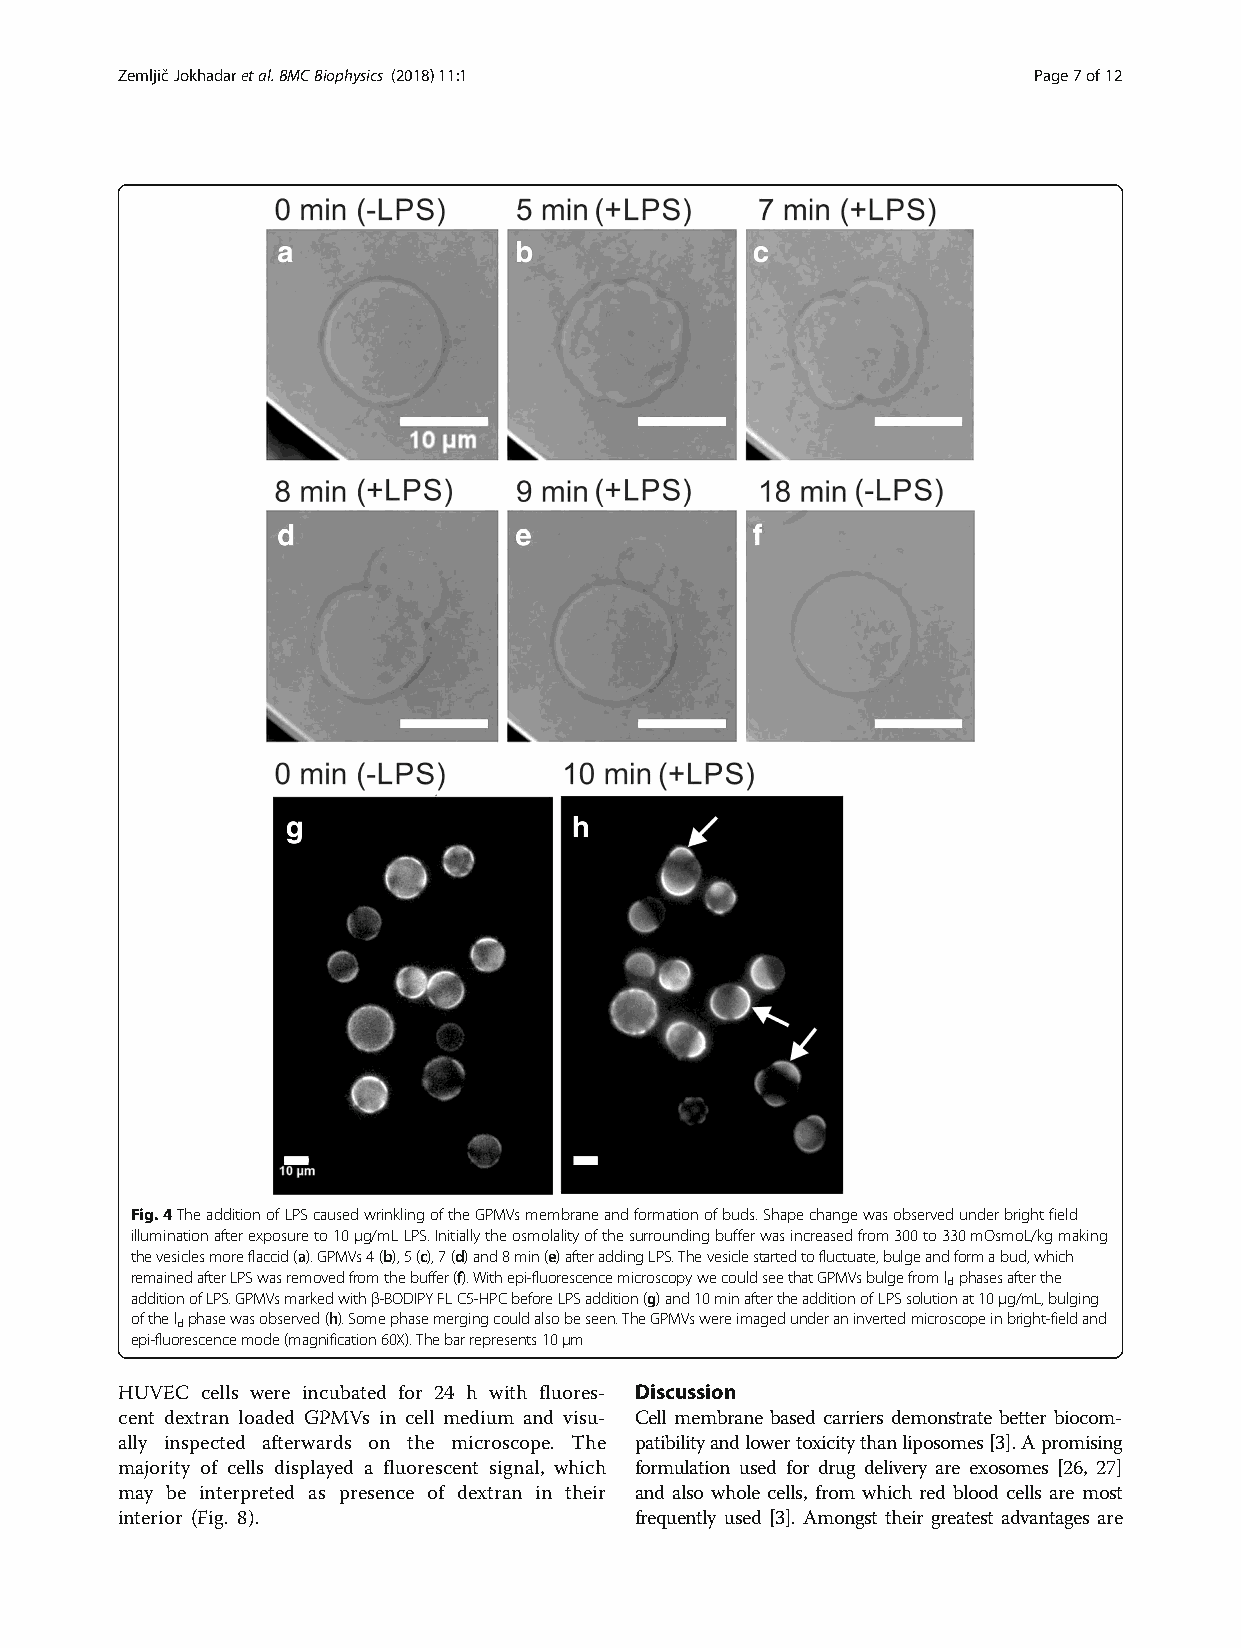
ZemljičJokhadaretal.BMCBiophysics (2018) 11:1               Page7of12
 Fig.4TheadditionofLPScausedwrinklingoftheGPMVsmembraneandformationofbuds.Shapechangewasobservedunderbrightfield
 illuminationafterexposureto10μg/mLLPS.Initiallytheosmolalityofthesurroundingbufferwasincreasedfrom300to330mOsmoL/kgmaking
 thevesiclesmoreflaccid(a).GPMVs4(b),5(c),7(d)and8min(e)afteraddingLPS.Thevesiclestartedtofluctuate,bulgeandformabud,which
 remainedafterLPSwasremovedfromthebuffer(f).Withepi-fluorescencemicroscopywecouldseethatGPMVsbulgefroml phasesafterthe
 d
 additionofLPS.GPMVsmarkedwithβ-BODIPYFLC5-HPCbeforeLPSaddition(g)and10minaftertheadditionofLPSsolutionat10μg/mL,bulging
 ofthel phasewasobserved(h).Somephasemergingcouldalsobeseen.TheGPMVswereimagedunderaninvertedmicroscopeinbright-fieldand
 d
 epi-fluorescencemode(magnification60X).Thebarrepresents10μm
 HUVEC cells were incubated for 24 h with fluores- Discussion
 cent dextran loaded GPMVs in cell medium and visu- Cell membrane based carriers demonstrate better biocom-
 ally inspected afterwards on the microscope. The patibilityandlowertoxicitythanliposomes[3].Apromising
 majority of cells displayed a fluorescent signal, which formulation used for drug delivery are exosomes [26, 27]
 may be interpreted as presence of dextran in their and also whole cells, from which red blood cells are most
 interior (Fig. 8).                frequently used [3]. Amongst their greatest advantages are